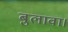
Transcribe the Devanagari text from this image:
बुलावा।